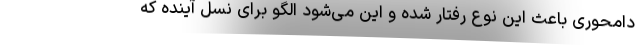
دامحوری باعث این نوع رفتار شده و این می‌شود الگو برای نسل آینده که